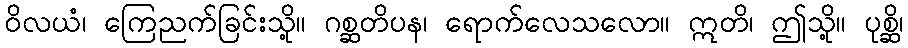
ဝိလယံ၊ ကြေညက်ခြင်းသို့။ ဂစ္ဆတိပန၊ ရောက်လေသလော။ ဣတိ၊ ဤသို့။ ပုစ္ဆိ၊